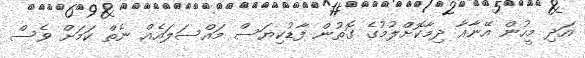
އަދި މީހުން އޭނާއާ ދިމާކޮށްލުމުގެ ގޮތުން ފާޑުކިޔަސް މައްސަލައެއް ނެތް ކަމަށް ވެސް